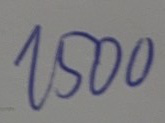
1500